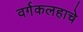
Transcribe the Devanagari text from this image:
वर्गकलहाचे